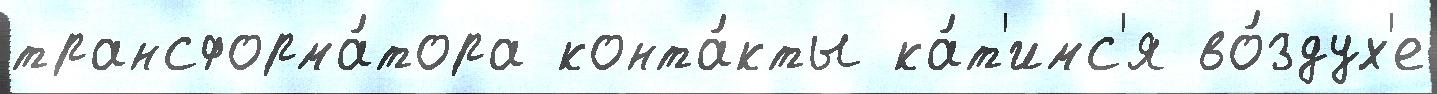
трансформа́тора конта́кты ка́т'имс'я во́здух'е